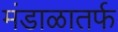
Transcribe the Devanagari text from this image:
मंडाळातर्फ